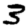
Digit: 3